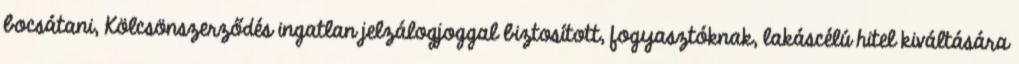
bocsátani, Kölcsönszerződés ingatlan jelzálogjoggal biztosított, fogyasztóknak, lakáscélú hitel kiváltására